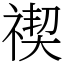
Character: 禊